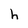
Character: h